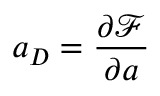
a _ { D } = \frac { \partial \mathcal { F } } { \partial a }